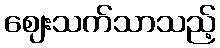
ဈေးသက်သာသည့်